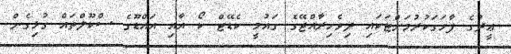
ޢީދުގެ ފާހަގަކުރުމަށްޓަކައި ދިވެހިރާއްޖޭގެ ގައުމީ ކެޑޭޓް ކޯ އާއި އައްޑޫގެ ސްކޫލްތައް ގުޅިގެން